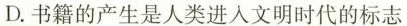
D.书籍的产生是人类进入文明时代的标志